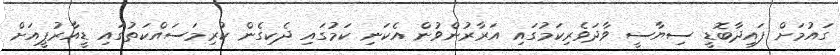
ގައުމަށް ފައިދާބޮޑީ ސިޔާސީ ވާދަވެރިކަމުގައި އަރާރުންވުން އެކަނި ކަމުގައި ދެކިގެން ކުރިމަސައްކަތުގައި ޑީއާރުޕީއަށް